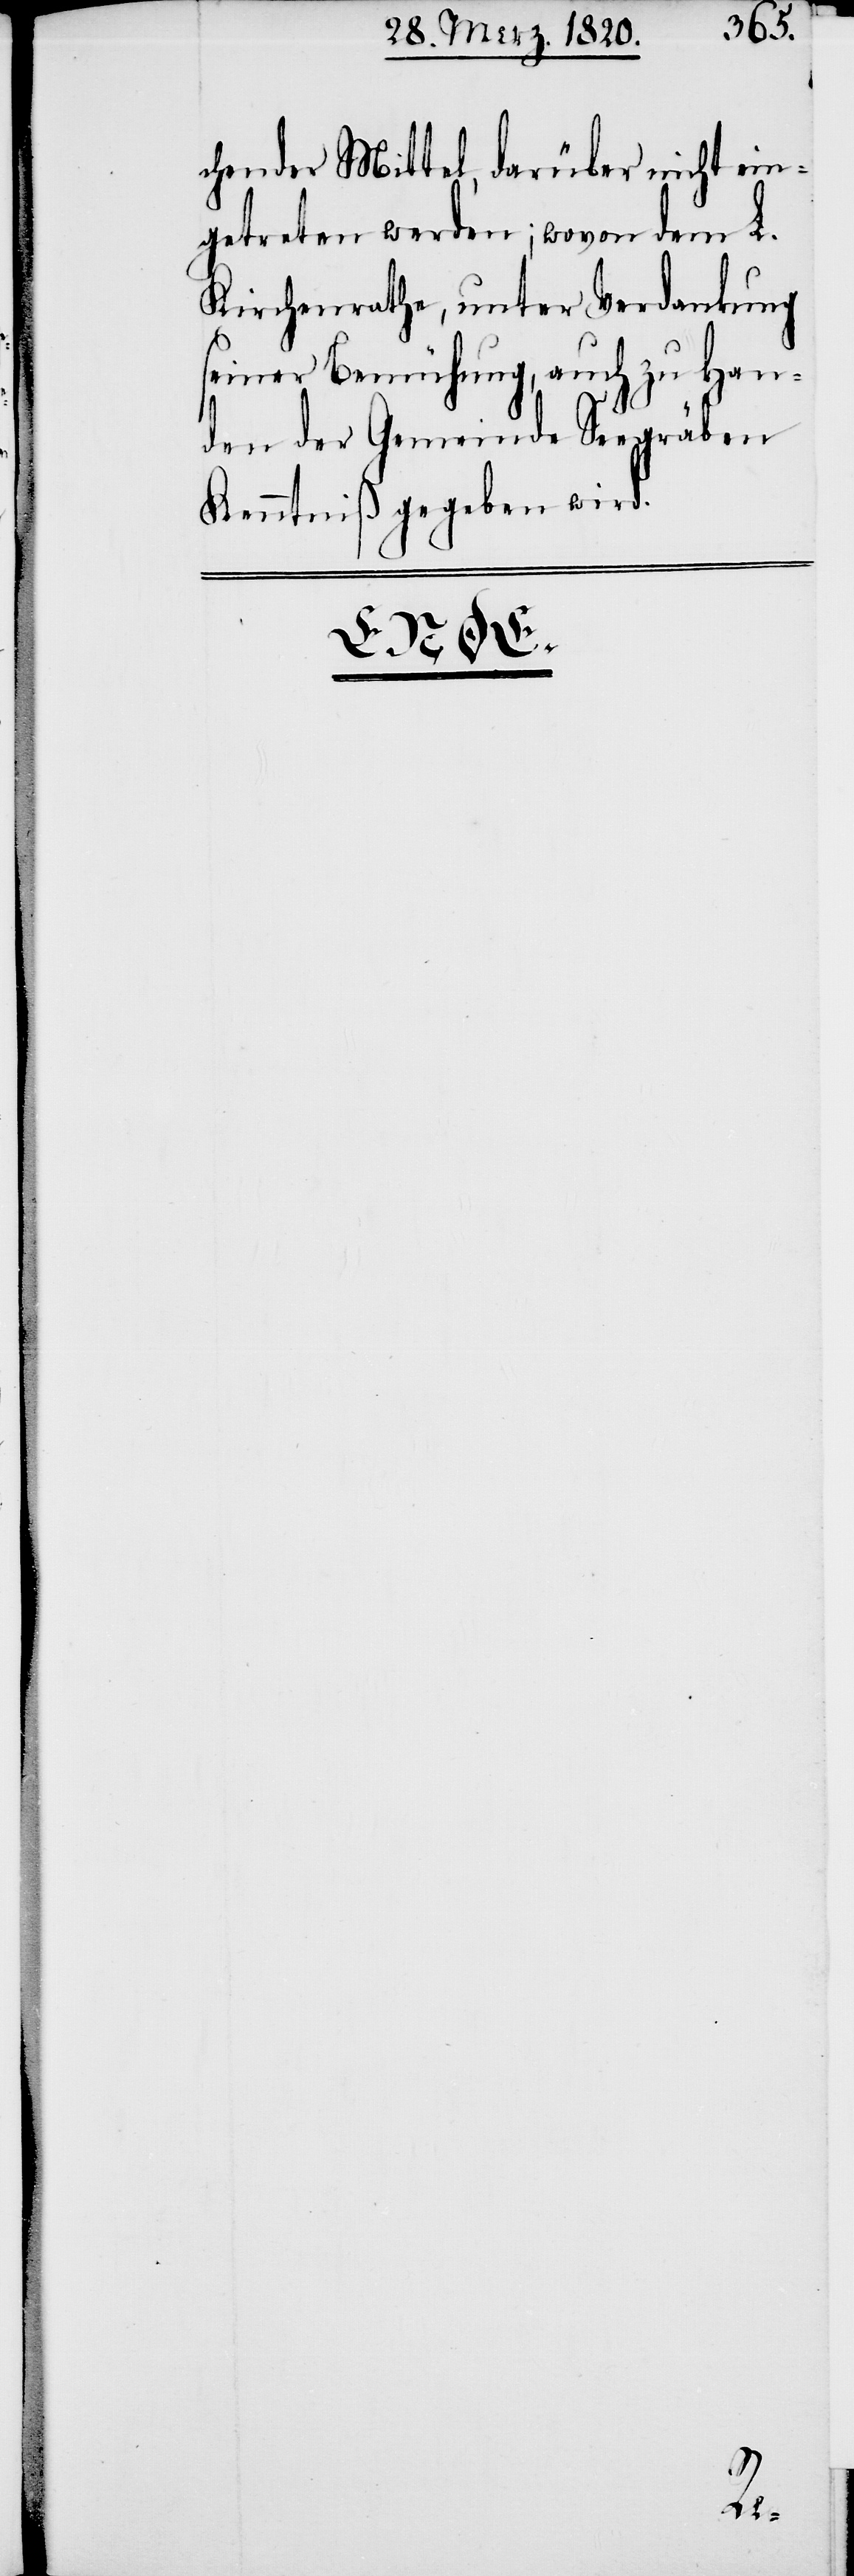
chender Mittel, darüber nicht ein¬
getreten werden; wovon dem L.
Kirchenrathe, unter Verdankung
seiner Bemühung, auch zu Han¬
den der Gemeinde Seegräben
Kenntniß gegeben wird.